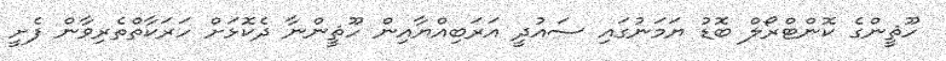
ހޫޘީންގެ ކޮންޓްރޯލް ބޮޑު ޔަމަނުގައި ސައުދީ އަރަބިއްޔާއިން ހޫޘީންނާ ދެކޮޅަށް ހަރަކާތްތެރިވާން ފެށީ